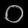
Digit: ၀